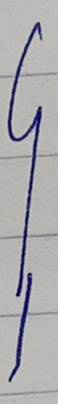
}